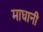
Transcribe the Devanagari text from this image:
माघानी